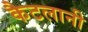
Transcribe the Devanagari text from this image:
कैटलानी